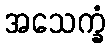
အသေက္ခံ